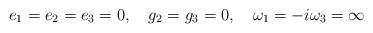
LaTeX: \begin{align*}e_1=e_2=e_3=0,\quad g_2=g_3=0,\quad \omega_1=-i\omega_3=\infty \end{align*}